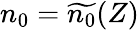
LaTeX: n_{0}=\widetilde{n_{0}}(Z)